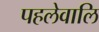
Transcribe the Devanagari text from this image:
पहलेवालि